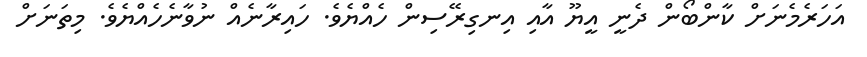
އަހަރެމެނަށް ކާންބޯން ދެނީ އީޔޫ އާއި އިނގިރޭސިން ހެއްޔެވެ. ހައިރާނެއް ނުވާނެހެއްޔެވެ. މިތަނަށް